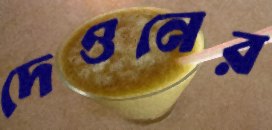
দেওনের